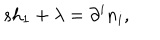
s h _ { 1 } + \lambda = \partial ^ { i } n _ { i } ,